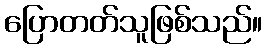
ပြောတတ်သူဖြစ်သည်။